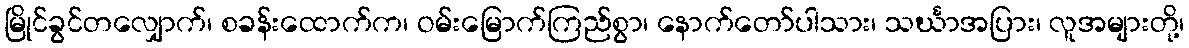
မြိုင်ခွင်တလျှောက်၊ စခန်းထောက်က၊ ဝမ်းမြောက်ကြည်စွာ၊ နောက်တော်ပါသား၊ သင်္ဃာအပြား၊ လူအများတို့၊